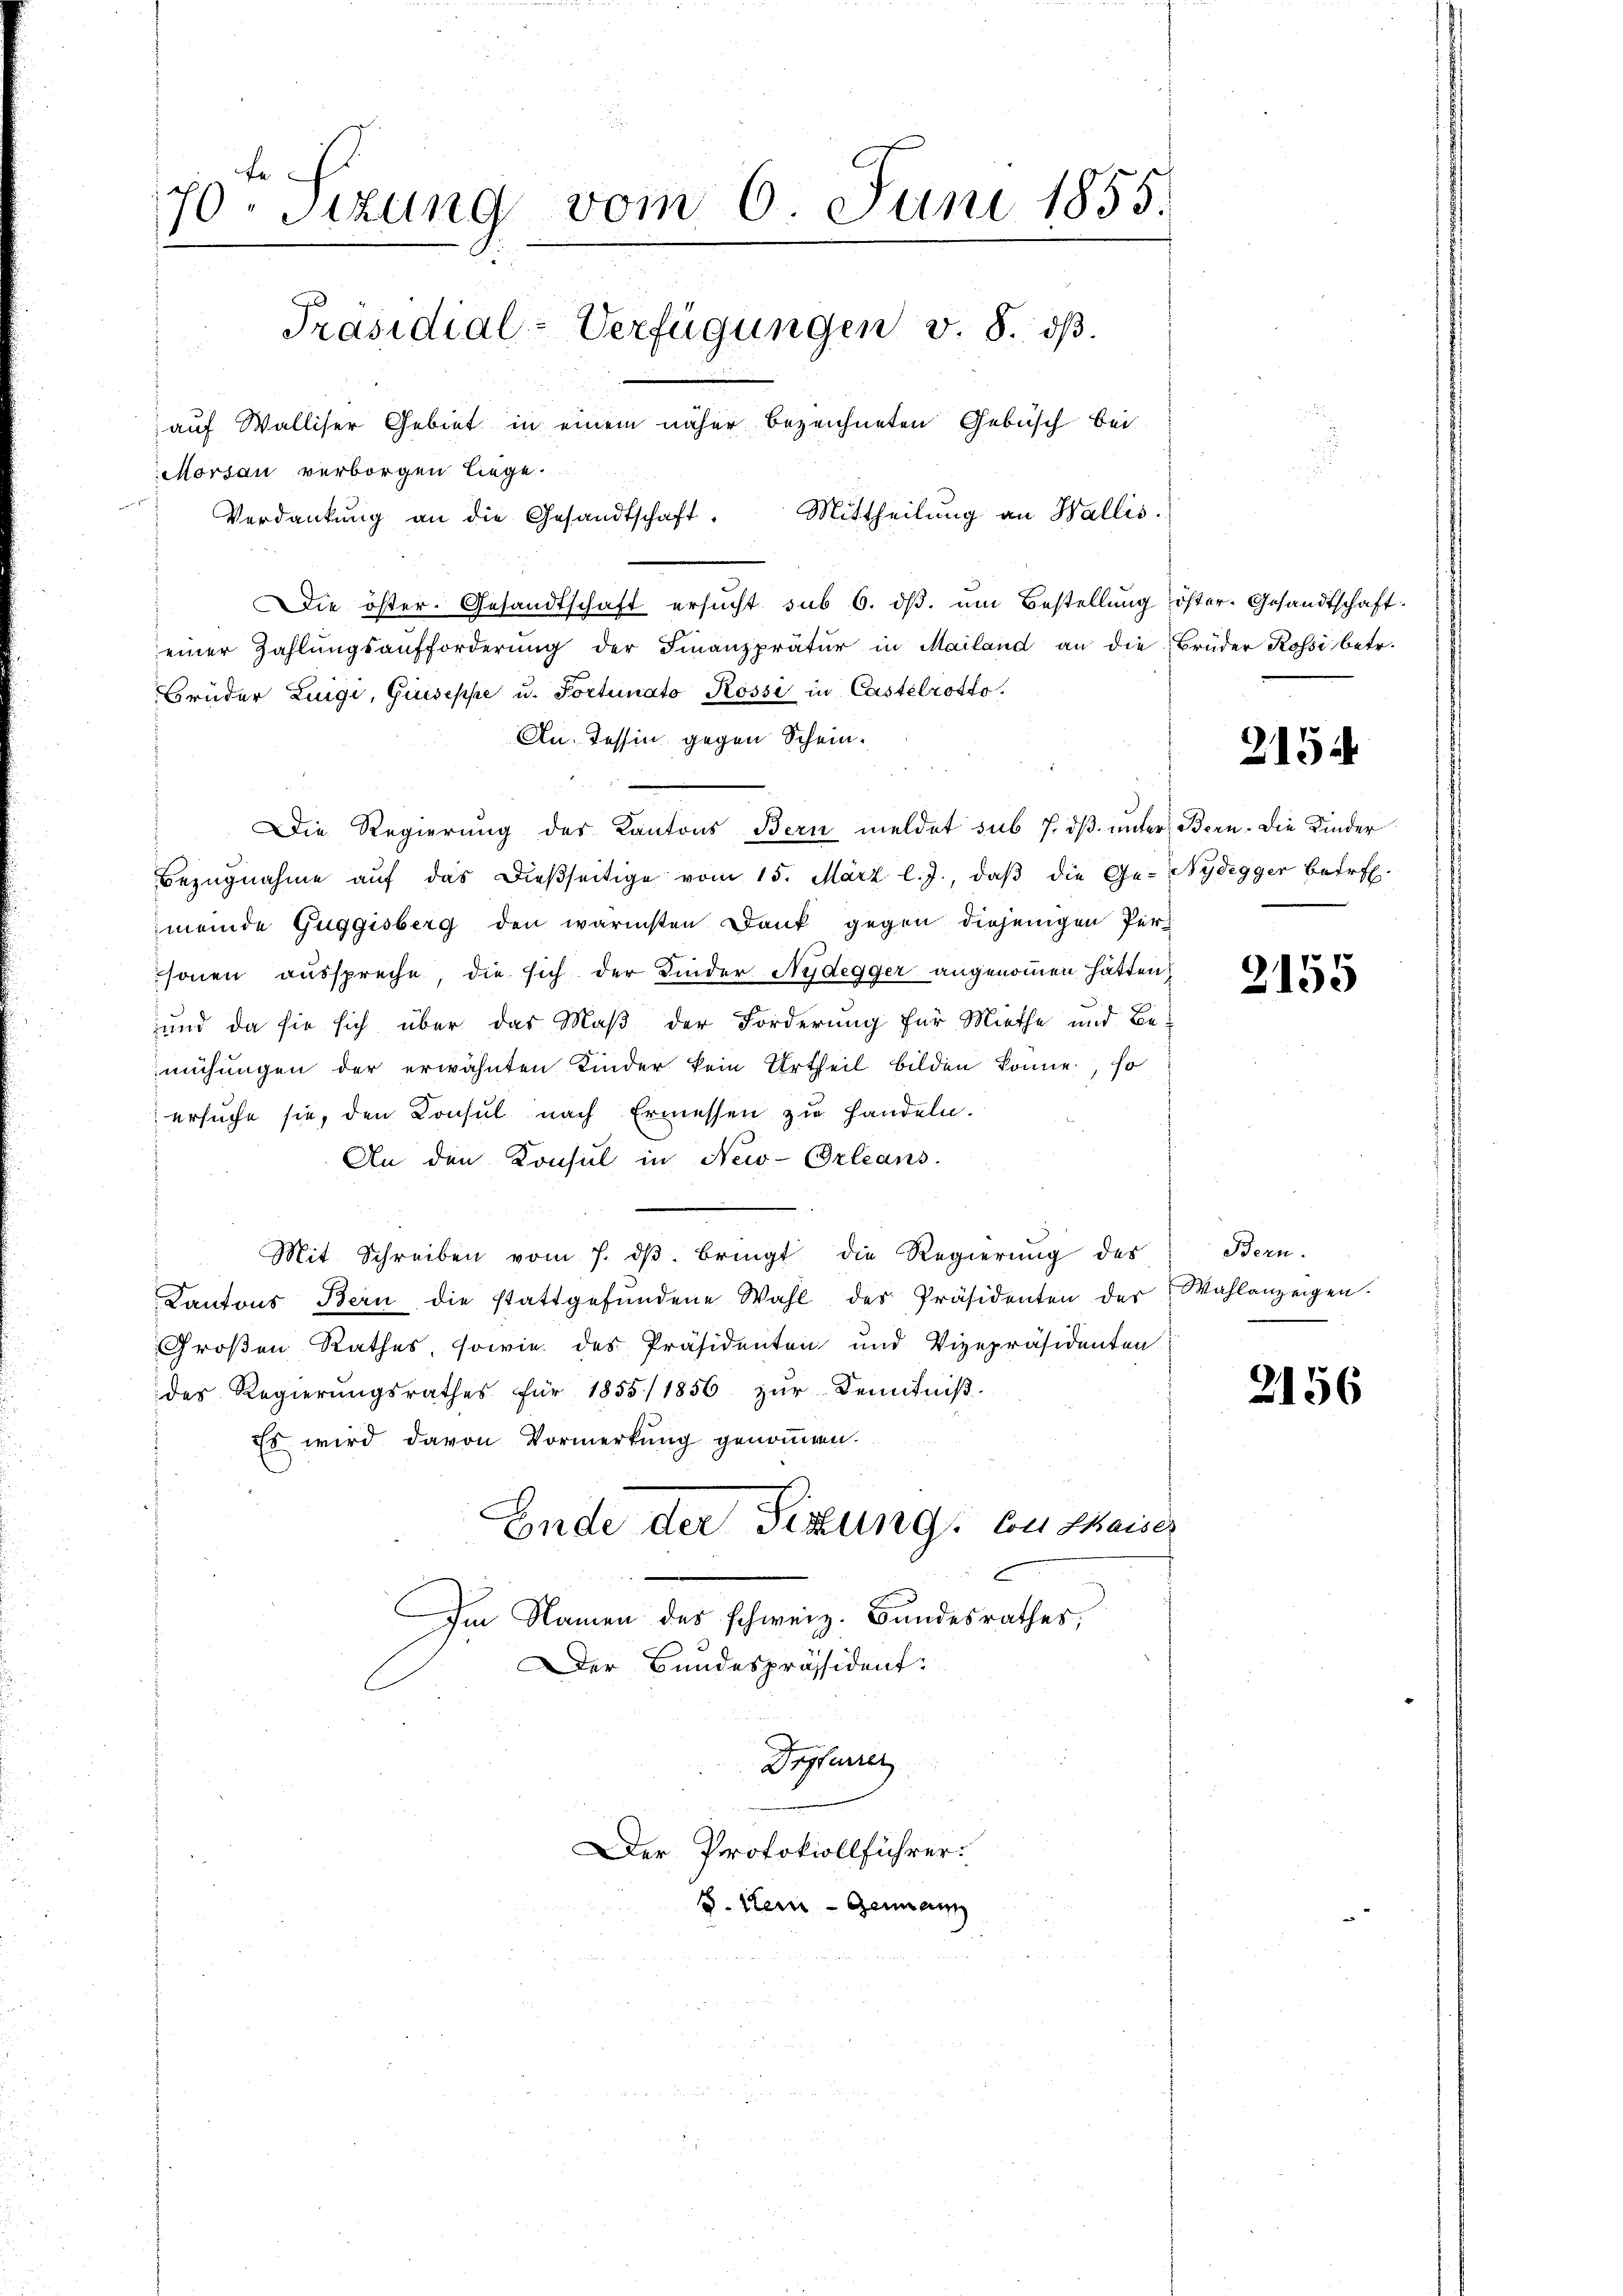
fe
70. Sizung vom 6. Juni 1855.
1
Präsidial-Verfügungen v. 8. dβ.
auf Walliser Gebiet in einem näher bezeichneten Gebüsch bei
Morsau verborgen liege.
Verdankŭng an die Gesandtschaft. Mittheilŭng an Wallis.

Die öster. Gesandtschaft ersŭcht sub 6. dβ. ŭm Bestellung öster. Gesandtschaft.
einer Zahlŭngsaufforderŭng der Finanzprätur in Mailand an die Brüder Rossi betr.
Brüder Luigi, Guiseppe u. Portunato Rossi in Castelrotto
An Tessin gegen Schein¬
Die Regierung des Kantons Bern meldet sub 7. dβ ŭnter Bern. Die Kinder
Bezŭgnahme aŭf das dießseitige vom 15. März l. J., daβ die Ge- Nydegger betref-
meinde Guggisberg den wärmsten Dank gegen diejenigen Personen ausspreche, die sich der Kinder Nydegger angenommen hätten,
und da sie sich über das Maß der Forderung für Miethe und Be-
mühungen der erwähnten Kinder kein Urtheil bilden könne, so
ersuche sie, den Konsul nach Ermessen zu Handeln.
An den Konsul in New-Orleans
e
Mit Schreiben vom 7. dβ. bringt die Regierŭng des
Kantons Bern die stattgefŭndene Wahl des Präsidenten der Wahlanzeigen.
Großen Rathes sowie des Präsidenten und Vizepräsidenten
des Regierŭngsrathes für 1855/ 1856 zŭr Kenntniβ.
Es wird davon Vormerkung genommen.
Ende der Sitzung von thaises
Im Namen des schweiz. Bundesrathes,
Der Bundespräsident:
Drpfarrer
Der Protokollführer.
S. Mein Genann

2154

2155

Bern.

2156